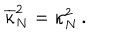
\overline { { { \kappa } } } _ { N } ^ { 2 } = \kappa _ { N } ^ { 2 } \, .